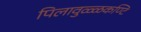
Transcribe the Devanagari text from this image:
पिलावुळ्ळकण्टि